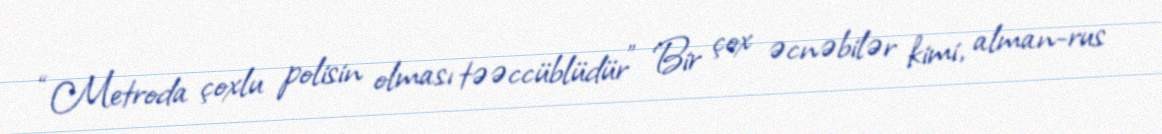
“Metroda çoxlu polisin olması təəccüblüdür” Bir çox əcnəbilər kimi, alman-rus